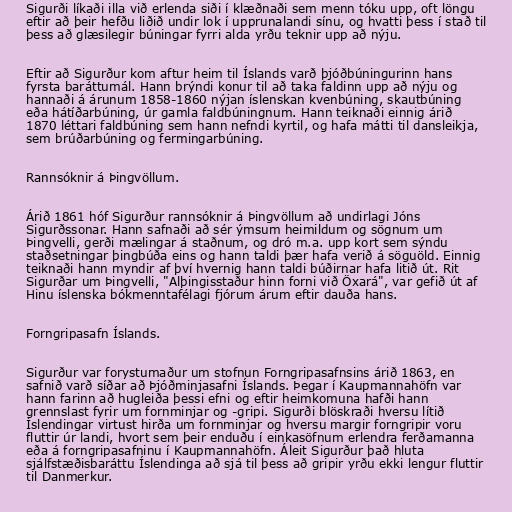
Sigurði líkaði illa við erlenda siði í klæðnaði sem menn tóku upp, oft löngu
eftir að þeir hefðu liðið undir lok í upprunalandi sínu, og hvatti þess í stað til
þess að glæsilegir búningar fyrri alda yrðu teknir upp að nýju.

Eftir að Sigurður kom aftur heim til Íslands varð þjóðbúningurinn hans
fyrsta baráttumál. Hann brýndi konur til að taka faldinn upp að nýju og
hannaði á árunum 1858-1860 nýjan íslenskan kvenbúning, skautbúning
eða hátíðarbúning, úr gamla faldbúningnum. Hann teiknaði einnig árið
1870 léttari faldbúning sem hann nefndi kyrtil, og hafa mátti til dansleikja,
sem brúðarbúning og fermingarbúning.

Rannsóknir á Þingvöllum.

Árið 1861 hóf Sigurður rannsóknir á Þingvöllum að undirlagi Jóns
Sigurðssonar. Hann safnaði að sér ýmsum heimildum og sögnum um
Þingvelli, gerði mælingar á staðnum, og dró m.a. upp kort sem sýndu
staðsetningar þingbúða eins og hann taldi þær hafa verið á söguöld. Einnig
teiknaði hann myndir af því hvernig hann taldi búðirnar hafa litið út. Rit
Sigurðar um Þingvelli, "Alþingisstaður hinn forni við Öxará", var gefið út af
Hinu íslenska bókmenntafélagi fjórum árum eftir dauða hans.

Forngripasafn Íslands.

Sigurður var forystumaður um stofnun Forngripasafnsins árið 1863, en
safnið varð síðar að Þjóðminjasafni Íslands. Þegar í Kaupmannahöfn var
hann farinn að hugleiða þessi efni og eftir heimkomuna hafði hann
grennslast fyrir um fornminjar og -gripi. Sigurði blöskraði hversu lítið
Íslendingar virtust hirða um fornminjar og hversu margir forngripir voru
fluttir úr landi, hvort sem þeir enduðu í einkasöfnum erlendra ferðamanna
eða á forngripasafninu í Kaupmannahöfn. Áleit Sigurður það hluta
sjálfstæðisbaráttu Íslendinga að sjá til þess að gripir yrðu ekki lengur fluttir
til Danmerkur.